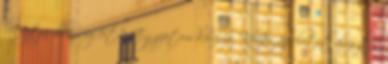
lesujtja ellenségeit? , Egyiptom királya, Khufu, az életet árasztó,